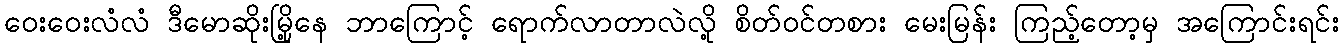
ဝေးဝေးလံံလံ ဒီမောဆိုးမြို့နေ ဘာကြောင့် ရောက်လာတာလဲလို့ စိတ်ဝင်တစား မေးမြန်း ကြည့်တော့မှ အကြောင်းရင်း